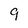
Character: 9